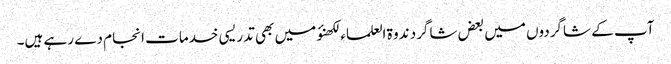
آپ کے شاگردوں میں بعض شاگرد ندوۃ العلماء لکھنؤ میں بھی تدریسی خدمات انجام دے رہے ہیں۔